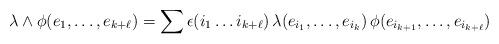
LaTeX: \begin{align*}\lambda\wedge\phi(e_1,\dots, e_{k+\ell})=\sum\epsilon(i_1\dots i_{k+\ell})\,\lambda(e_{i_1},\dots, e_{i_k})\,\phi(e_{i_{k+1}},\dots,e_{i_{k+\ell}})\end{align*}